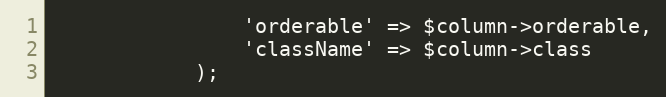
Language: PHP
                'orderable' => $column->orderable,
                'className' => $column->class
            );